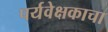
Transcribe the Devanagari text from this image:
पर्यवेक्षकाचा